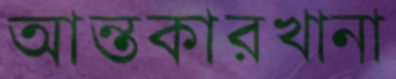
আন্তকারখানা